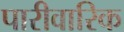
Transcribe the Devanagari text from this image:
पारीवारिक